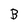
Character: B